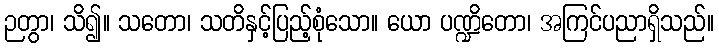
ဉတွာ၊ သိ၍။ သတော၊ သတိနှင့်ပြည့်စုံသော။ ယော ပဏ္ဍိတော၊ အကြင်ပညာရှိသည်။